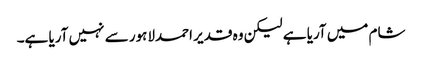
شام میں آریا ہے لیکن وہ قدیر احمدلاہور سے نہیں آریا ہے۔